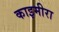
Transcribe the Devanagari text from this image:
काइमीरा